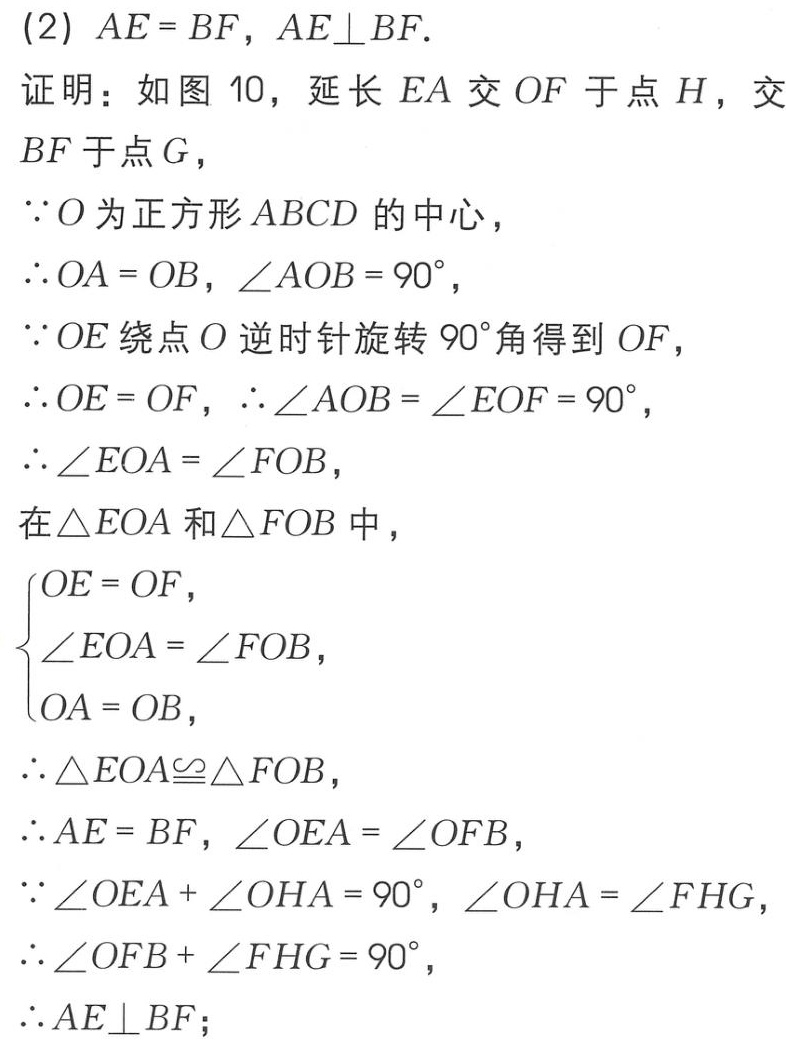
(2) \(AE = BF\)，\(AE\perp BF\).
证明：如图10，延长\(EA\)交\(OF\)于点\(H\)，交\(BF\)于点\(G\)，
\(\because O\)为正方形\(ABCD\)的中心，
\(\therefore OA = OB\)，\(\angle AOB = 90^{\circ}\)，
\(\because OE\)绕点\(O\)逆时针旋转\(90^{\circ}\)角得到\(OF\)，
\(\therefore OE = OF\)，\(\therefore \angle AOB = \angle EOF = 90^{\circ}\)，
\(\therefore \angle EOA = \angle FOB\)，
在\(\triangle EOA\)和\(\triangle FOB\)中，
\(\begin{cases}
OE = OF,\\
\angle EOA = \angle FOB,\\
OA = OB,
\end{cases}\)
\(\therefore \triangle EOA\cong\triangle FOB\)，
\(\therefore AE = BF\)，\(\angle OEA = \angle OFB\)，
\(\because \angle OEA + \angle OHA = 90^{\circ}\)，\(\angle OHA = \angle FHG\)，
\(\therefore \angle OFB + \angle FHG = 90^{\circ}\)，
\(\therefore AE\perp BF\)；